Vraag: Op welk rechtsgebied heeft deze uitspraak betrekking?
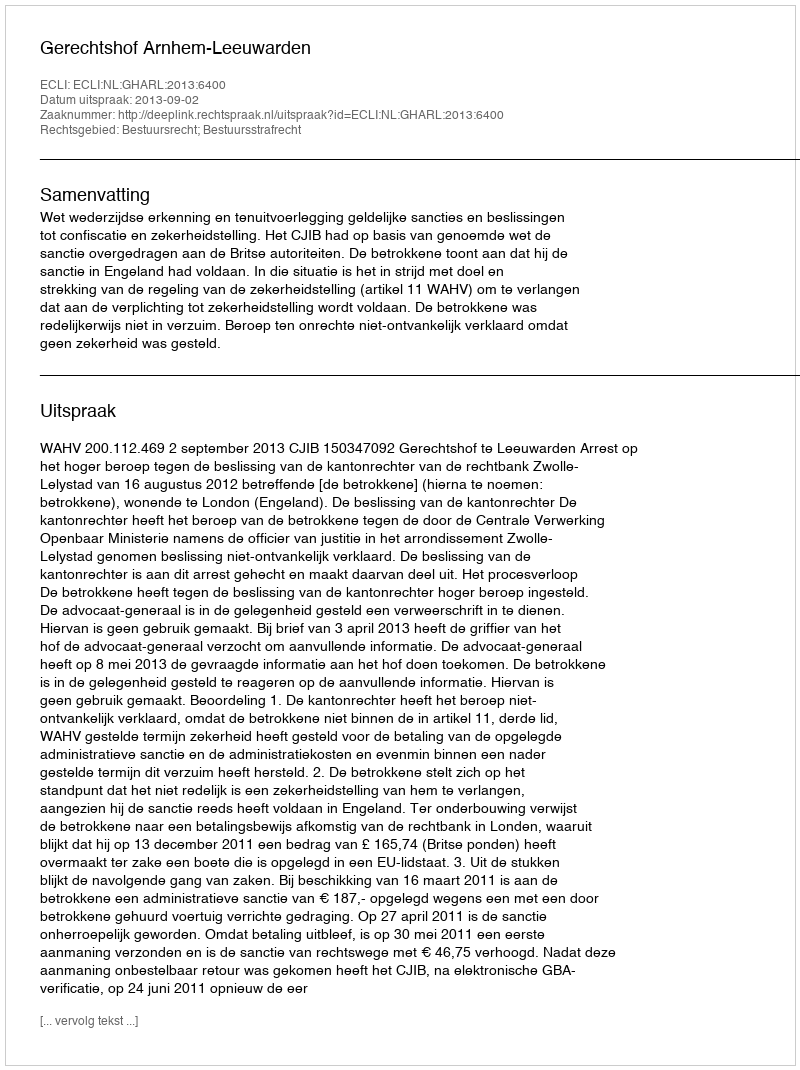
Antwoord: Bestuursrecht; Bestuursstrafrecht